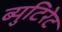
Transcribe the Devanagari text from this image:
ब्युटिरेट